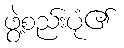
ဖွဲ့စည်းပုံ၏